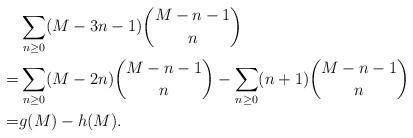
LaTeX: \begin{align*}& \sum_{n\geq0}(M-3n-1)\binom{M-n-1}n \\= & \sum_{n\geq0}(M-2n)\binom{M-n-1}n-\sum_{n\geq0}(n+1)\binom{M-n-1}n \\= & g(M)-h(M). \end{align*}